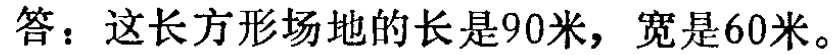
答：这长方形场地的长是90米，宽是60米。